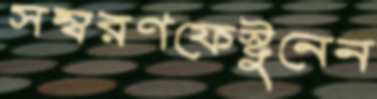
সম্বরণফেস্টুনেন